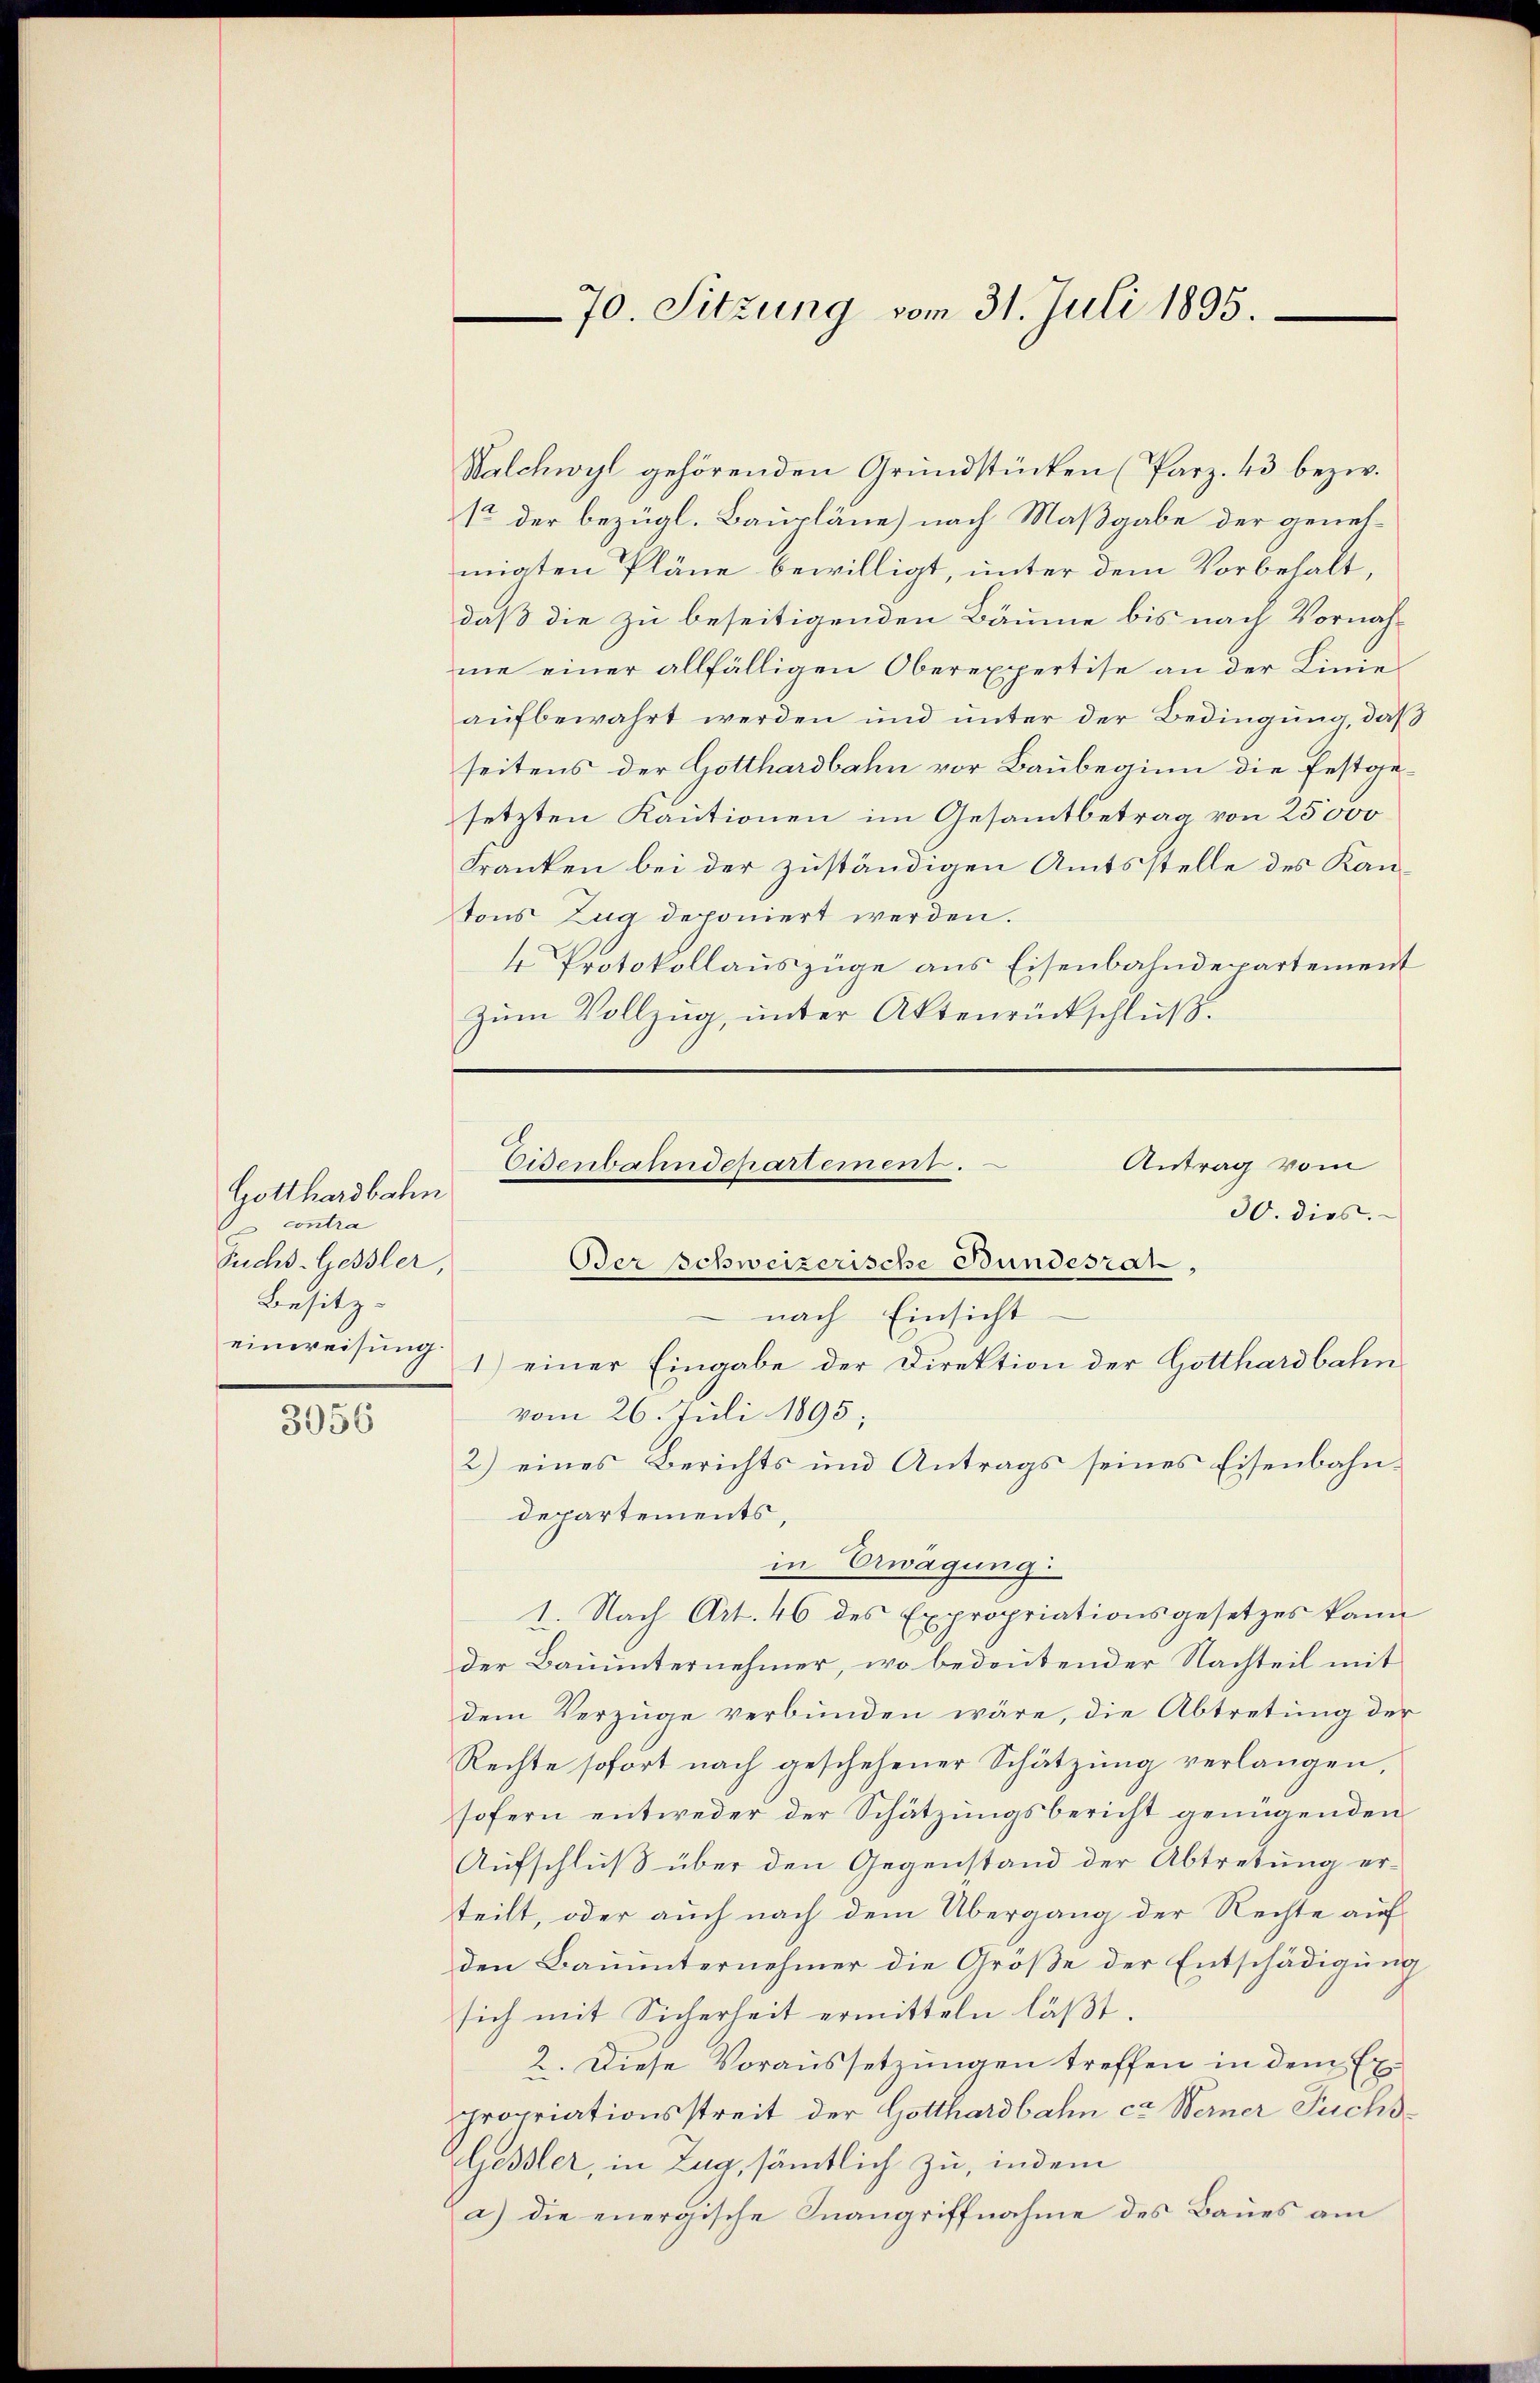
Gotthardbahn
 contra
Fuchs-Gessler,
Besitz-
3956

Walchwyl gehörenden Grundstücken (Parz. 43 bezw.
12 der bezügl. Baupläne nach Maßgabe der genehmigten Pläne bewilligt, unter dem Vorbehalt,
daß die zu beseitigenden Bäume bis nach Vornahme einer allfälligen Oberexpertise an der Linie
aufbewahrt werden und unter der Bedingung, daß
seitens der Gotthardbahn vor Baubeginn die festgesetzten Kautionen im Gesamtbetrag von 25000
Franken bei der zuständigen Amtsstelle des Kantons Zug deponiert werden.
4 Protokollauszüge aus Eisenbahndepartement
zŭm Vollzŭg, ŭnter Aktenrückschlŭβ.

70. Sitzung vom 31. Juli 1895

Antrag vom
Eisenbahndepartement.
30. dies.
Der schweizerische Bundesrat
nach Einsicht
einweisŭng 1) einer Eingabe der Direktion der Gotthardbahn
vom 26. Juli 1895;

2) eines Berichts und Antrags seines Eisenbahndepartements,
in Erwägung
1. Nach Art. 46 des Expropriationsgesetzes kann
der Bauunternehmer, wo bedeutender Nachteil mit
dem Verzüge verbunden wäre, die Abtretung der
Rechte sofort nach geschehener Schätzung verlangen,
sofern entweder der Schätzungsbericht genügenden
Aufschluß über den Gegenstand der Abtretung erteilt, oder auch nach dem Übergang der Rechte auf
den Bauunternehmer die Größe der Entschädigung
sich mit Sicherheit ermitteln läßt.
2. Diese Voraussetzungen treffen in dem Expropriationsstreit der Gotthardbahn ca. Werner Fuchs¬
Gessler, in Zug, sämtlich zu, indem
a) die energische Inangriffnahme des Baues am